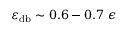
\varepsilon _ { \mathrm { d b } } \sim 0 . 6 - 0 . 7 ~ \epsilon